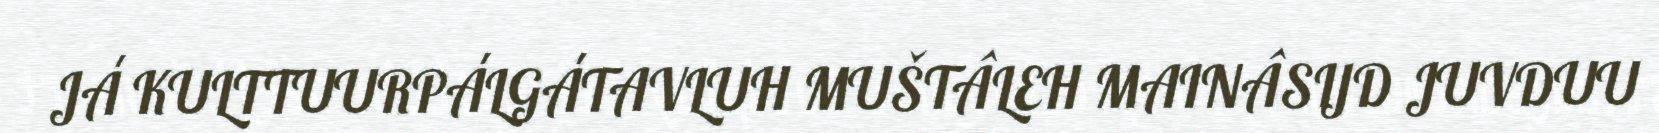
JÁ KULTTUURPÁLGÁTAVLUH MUŠTÂLEH MAINÂSIJD JUVDUU